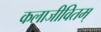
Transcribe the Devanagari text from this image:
कलाजीवितम्